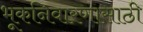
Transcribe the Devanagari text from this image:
भूकनिवारणासाठी